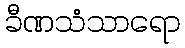
ခီဏသံသာရော